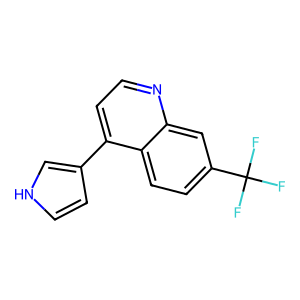
SMILES: FC(F)(F)c1ccc2c(-c3cc[nH]c3)ccnc2c1
Inhibits HIV replication: No